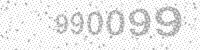
Solution: 990099